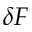
\delta F